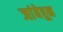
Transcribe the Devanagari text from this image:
जांबेहून